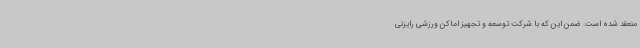
منعقد شده است. ضمن این که با شرکت توسعه و تجهیز اماکن ورزشی رایزنی